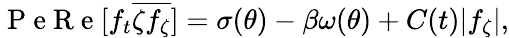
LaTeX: \mathrm{~P~e~R~e~}[f_{t}\overline{{\zeta f_{\zeta}}}]=\sigma(\theta)-\beta\omega(\theta)+C(t)\lvert f_{\zeta}\vert,